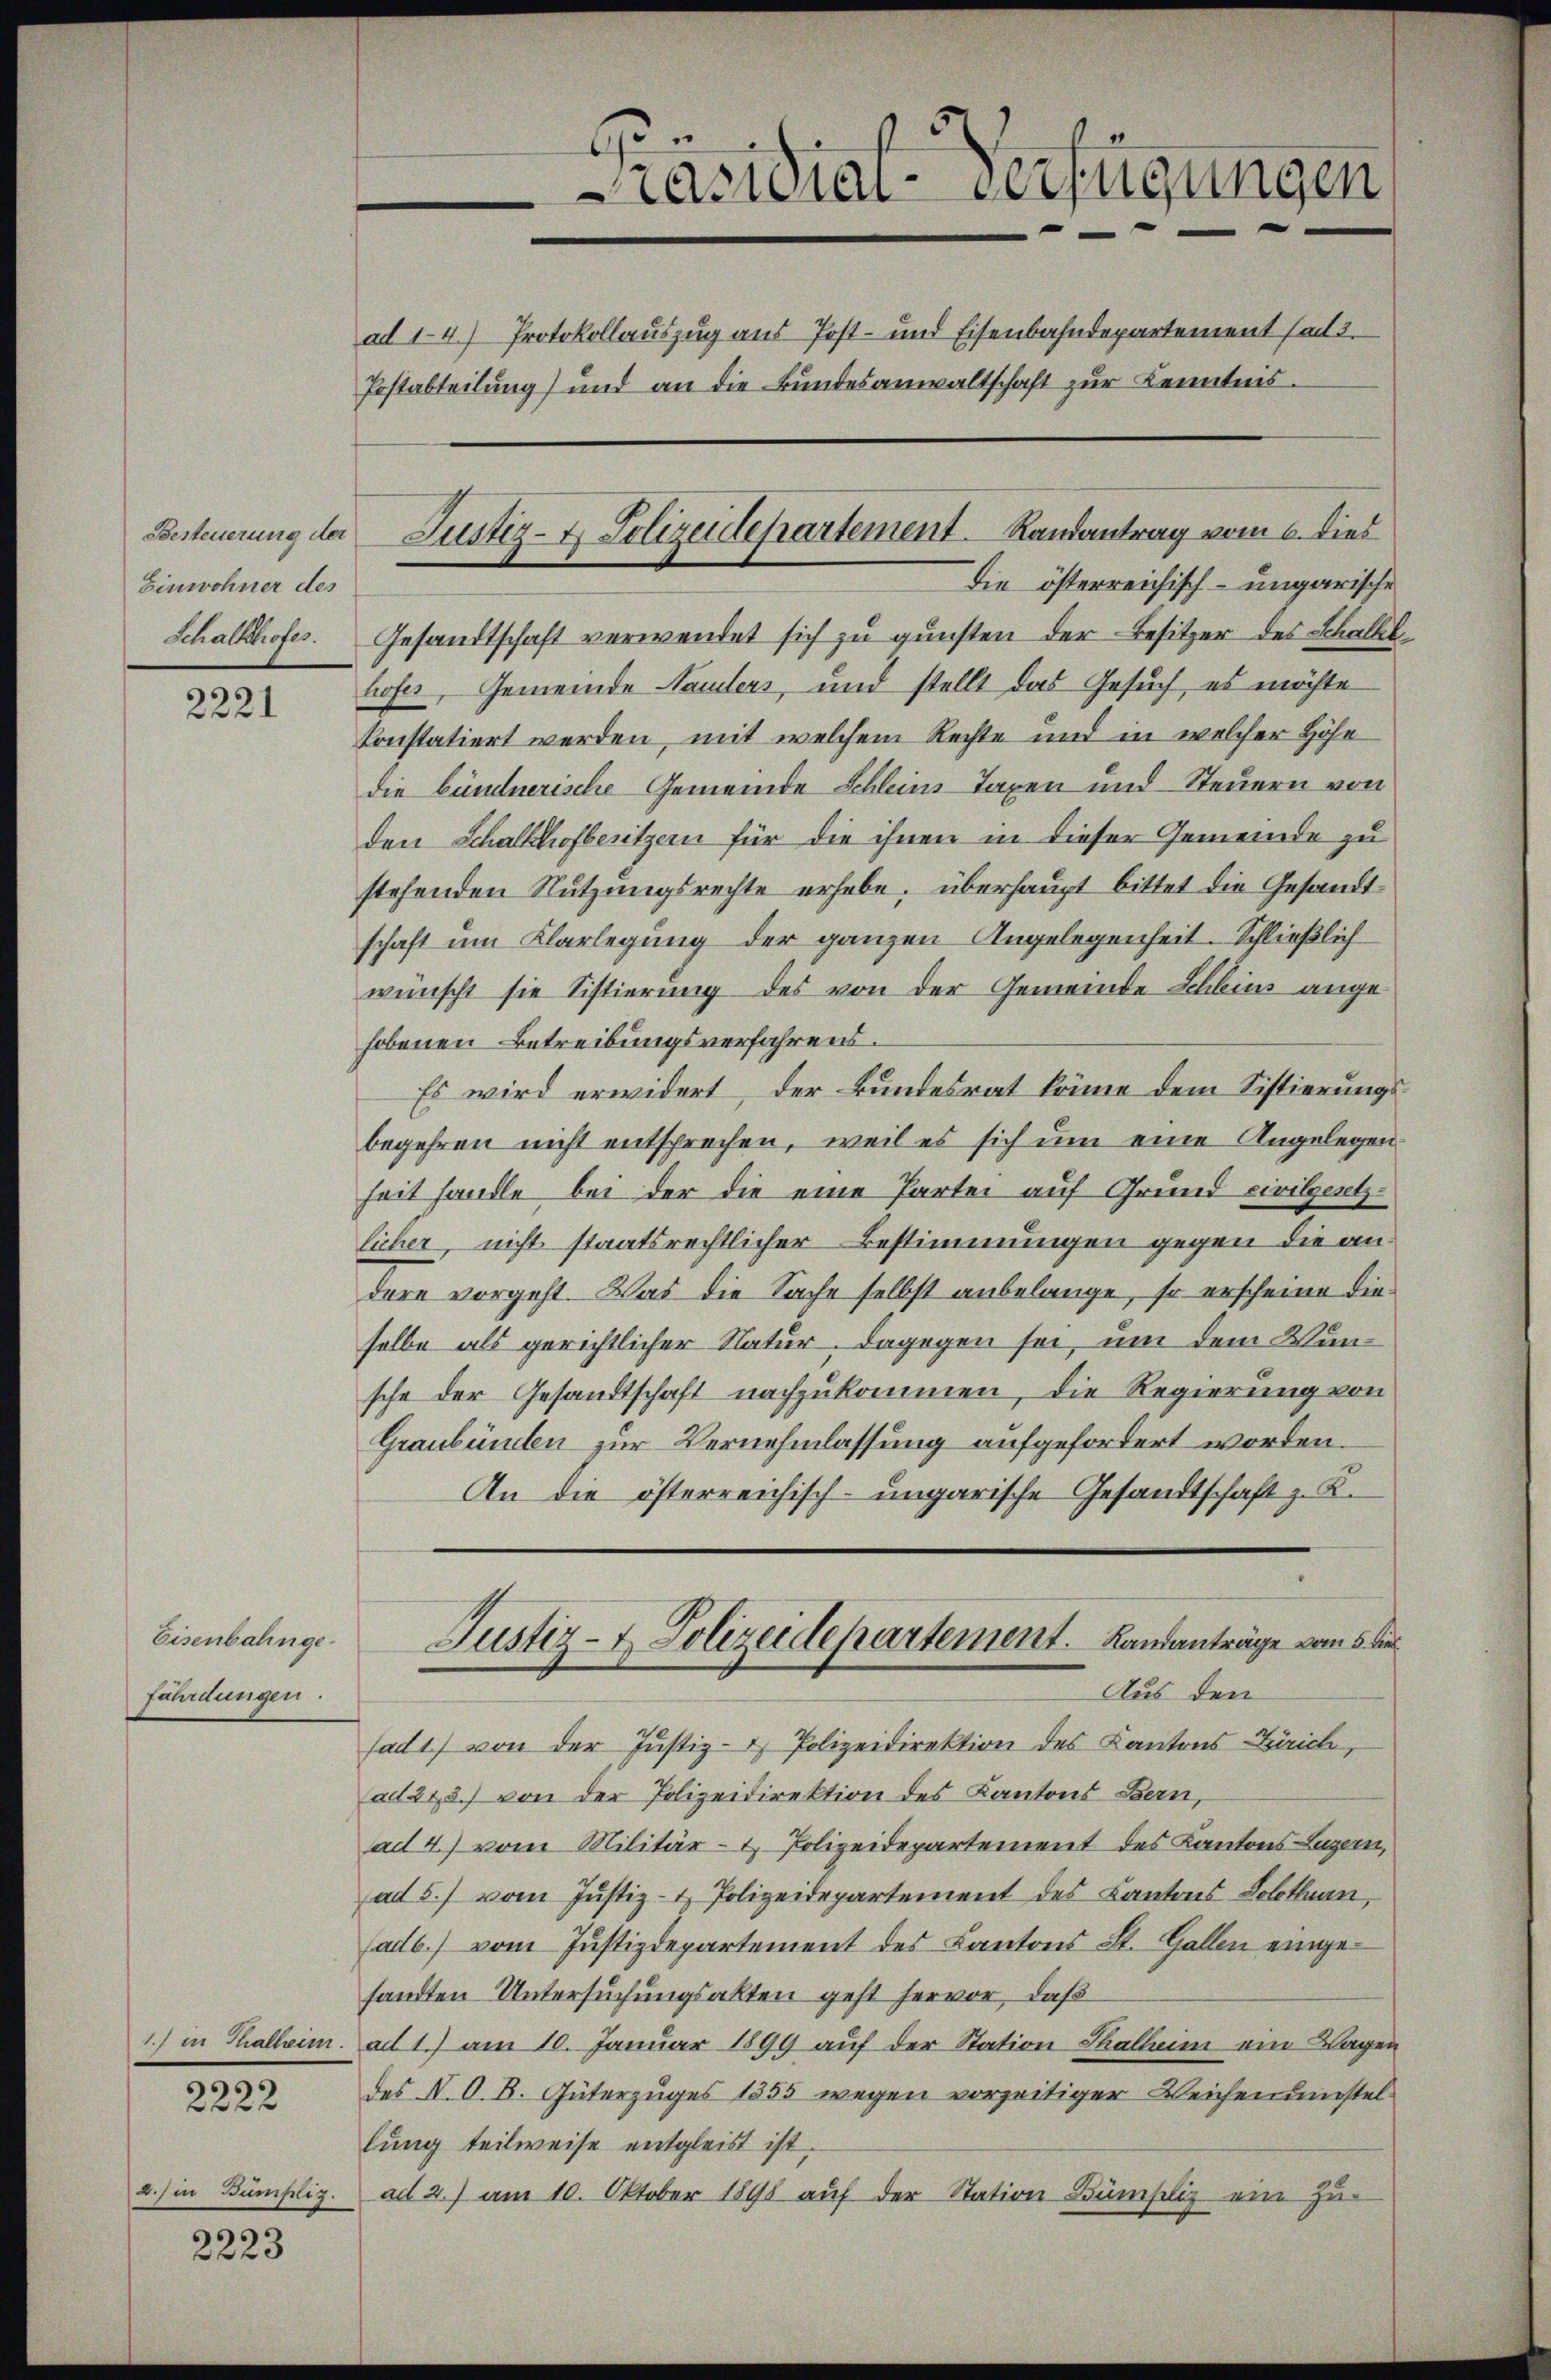
Einwohner des
Schalkhofes

2221

Eisenbahnge
fährdungen.

2222

2.) in Bümpliz.

2223

Gesandtschaft verwendet sich zu gunsten der Besitzer des Schalllhofes, Gemeinde Handlers, und stellt das Gesuch, es möchte
konstatiert werden, mit welchem Rechte und in welcher Höhe
die bündnerische Gemeinde Schleins Taxen und Steuern von
den Schalkhofbesitzern für die ihnen in dieser Gemeinde zu
stehenden Nutzungsrechte erhebe, überhaupt bittet die Gesandtschaft um Klarlegung der ganzen Angelegenheit. Schließlich
wünscht sie Sistierung des von der Gemeinde Schleins angehobenen Betreibungsverfahrens.
Es wird erwidert, der Bundesrat könne dem Sistierungsbegehren nicht entsprechen, weil es sich um eine Angelegen
heit handle bei der die eine Partei auf Grund civilgesetzlicher, nicht staatsrechtlicher Bestimmungen gegen die andere vorgeht. Was die Sache selbst anbelange, so erscheine dieselbe als gerichtlicher Natur, dagegen sei, um dem Wunsche der Gesandtschaft nachzukommen, die Regierung von
Graubünden zur Vernehmlassung aufgefordert worden.
An die österreichisch-ungarische Gesandtschaft z. K.
Justiz- & Polizeidepartement. Landanträge vom 5. der
Aus den
sad1) von der Justiz- & Polizeidirektion des Kantons-Zürich,
ad 275.) von der Polizeidirektion des Kantons Bern,
ad 4.) vom Militär- & Polizeidepartement des Kantons Luzern,
ad 5. vom Justiz- & Polizeidepartement des Kantons Solothurn,
(ad b.) vom Justizdepartement des Kantons St. Gallen eingesandten Untersuchungsakten geht hervor, daß
1.) in Thalheim. ad 1.) am 10. Januar 1899 aŭf der Station Thallein ein Wagen
des N. O. B. Güterzuges 1855 wegen vorzeitiger Weichenumstellung teilweise entgleist ist.
ad 2.) am 10. Oktober 1898 auf der Station Bümseli ein Zu-

Präsidial-Verfügungen
e
ad 14.) Protokollauszug aus Post- und Eisenbahndepartement ad 2.
Postabteilung) und an die Bundesanwaltschaft zur Kenntnis.

Besteuerung der Justiz- & Polizeidepartement. Landantrag vom 6. dies
Die österreichisch-ungarische